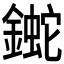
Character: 𨫯